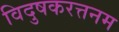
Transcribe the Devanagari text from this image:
विदुषकरत्तनम